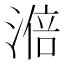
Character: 𣻃